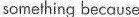
something because